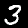
Digit: 3